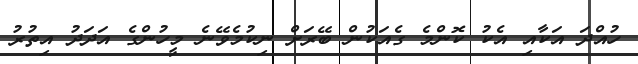
ހުއްދަ އަކާއި އެކު ކޮންމެ ގެއަކުން ބޭރަށް ނިކުމެވޭނެ މީހުންގެ އަދަދު އިތުރު